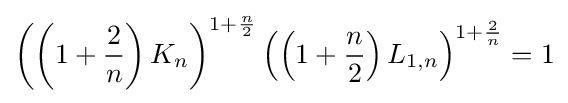
\left(\left(1+{\frac {2}{n}}\right)K_{n}\right)^{1+{\frac {n}{2}}}\left(\left(1+{\frac {n}{2}}\right)L_{1,n}\right)^{1+{\frac {2}{n}}}=1